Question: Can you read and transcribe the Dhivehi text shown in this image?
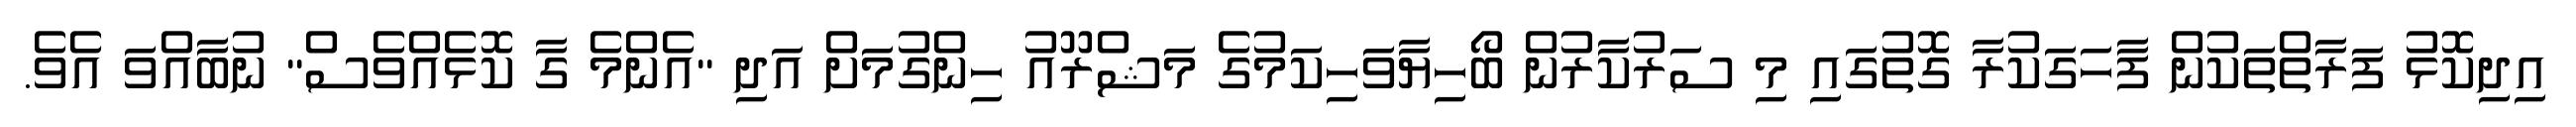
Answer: އިދިކޮޅު ފަރާތްތަކުން ފާހަގަކުރާ ގޮތުގައި މި ސަރުކާރުން ބޯހިޔާވަހިކަމުގެ މަޝްރޫއު ހިންގުމަށް އަދި "އެންމެ ގާ ކޮޅެއްވެސް" ނުބާއްވަ އެވެ.